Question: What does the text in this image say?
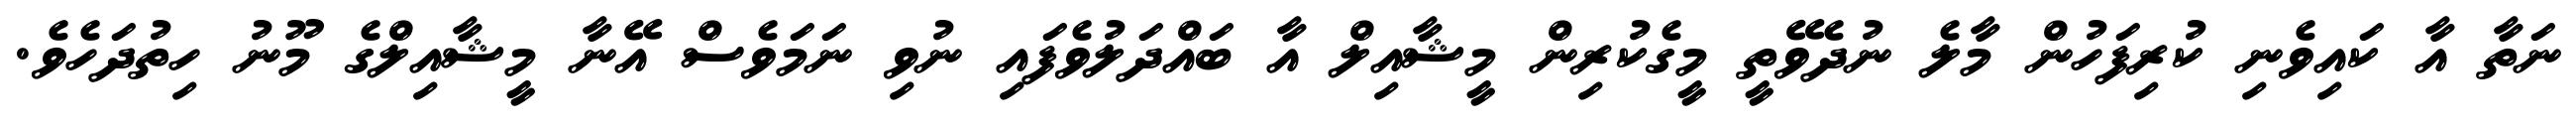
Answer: ނަތާ އާ ކައިވެނި ކުރިފަހުން މާލެ ނުދެވޭތީ މީގެކުރިން މީޝާއިލް އާ ބައްދަލުވެފައި ނުވި ނަމަވެސް އޭނާ މީޝާއިލްގެ މޫނު ހިތުދަހެވެ.